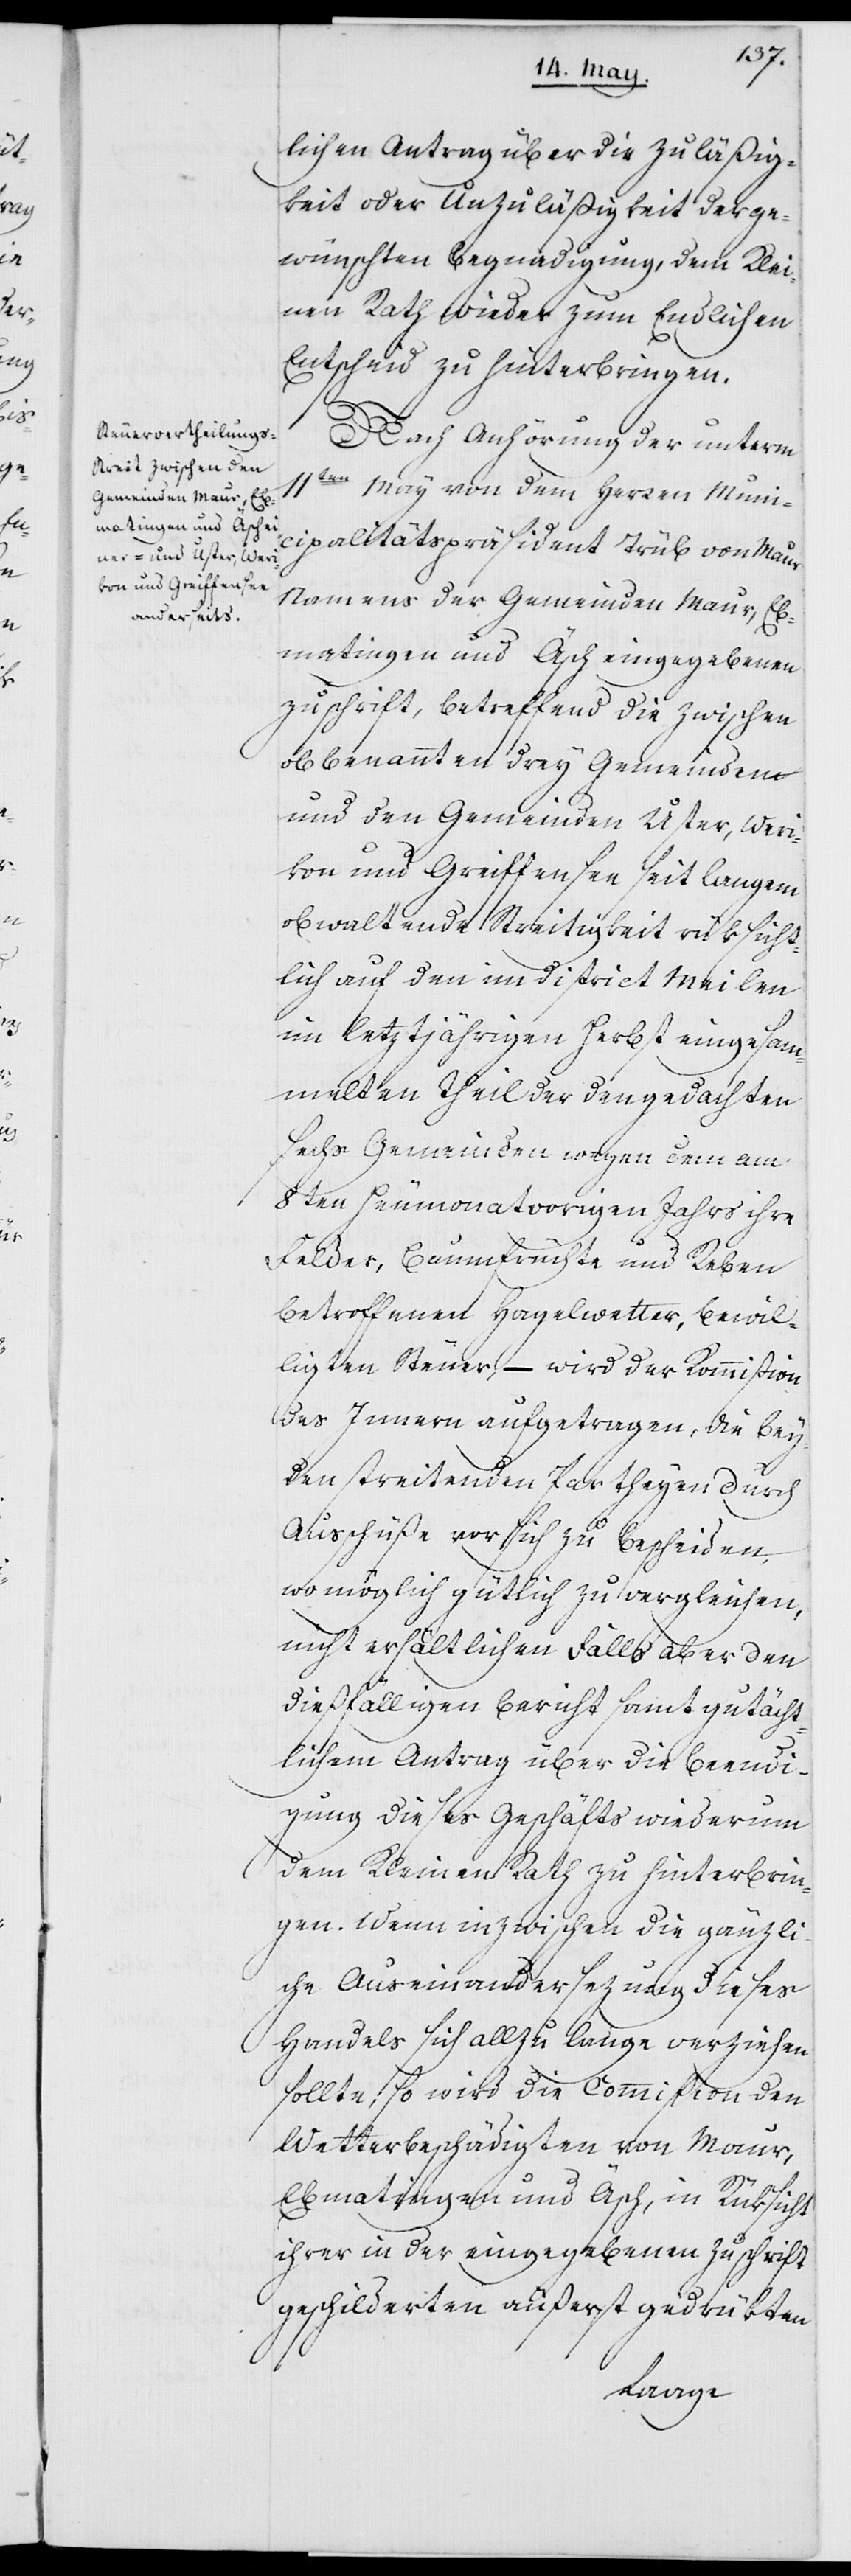
lichen Antrag über die Zuläßig¬
keit oder Unzuläßigkeit der ge¬
wünschten Begnadigung, dem Klei¬
nen Rath wieder zum endlichen
Entscheid zu hinterbringen.
Nach Anhörung der unterm
11ten May von dem Herren Muni¬
cipalitätspräsident Trüb von Maur
Namens der Gemeinden Maur, Eb¬
matingen und Äsch eingegebenen
Zuschrift, betreffend die zwischen
obbenannten drey Gemeinden
und den Gemeinden Uster, Werr¬
ikon und Greiffensee seit langem
obwaltende Streitigkeit rüksicht¬
lich auf den im District Meilen
im letztjährigen Herbst eingesam¬
melten Theil der den gedachten
sechs Gemeinden wegen dem am
8ten Heumonat vorigen Jahrs ihre
Felder, Baumfrüchte und Reben
betroffenen Hagelwetter, bewil¬
ligten Steuer, – wird der Kommißion
des Innern aufgetragen, die bey¬
den streitenden Partheyen durch
Ausschüße vor sich zu bescheiden,
womöglich gütlich zu vergleichen,
nicht erhältlichen Falls aber den
dießfälligen Bericht samt gutächt¬
lichem Antrag über die Beendi¬
gung dieses Geschäfts wiederum
dem Kleinen Rath zu hinterbrin¬
gen. Wenn inzwischen die gänzli¬
che Auseinandersezung dieses
Handels sich allzu lange verziehen
sollte, so wird die Commißion den
Wetterbeschädigten von Maur,
Ebmatingen und Äsch, in Rüksicht
ihrer in der eingegebenen Zuschrift
geschilderten äußerst gedrükten